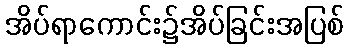
အိပ်ရာကောင်း၌အိပ်ခြင်းအပြစ်